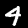
Digit: 4